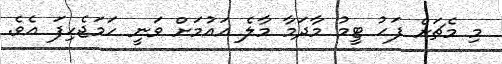
މި މެޗަށް ފަހު ޓީމު މާދަމާ މާލެ އައުމަށް ވަނީ ހަމަޖެހިފަ އެވެ.